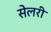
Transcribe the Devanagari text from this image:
सेलरी